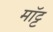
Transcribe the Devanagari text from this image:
मॉट्ट